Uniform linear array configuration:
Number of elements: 4
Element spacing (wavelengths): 1
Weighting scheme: hann
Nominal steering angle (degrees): -60
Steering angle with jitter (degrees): -59.381
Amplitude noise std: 0.05
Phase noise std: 0.05

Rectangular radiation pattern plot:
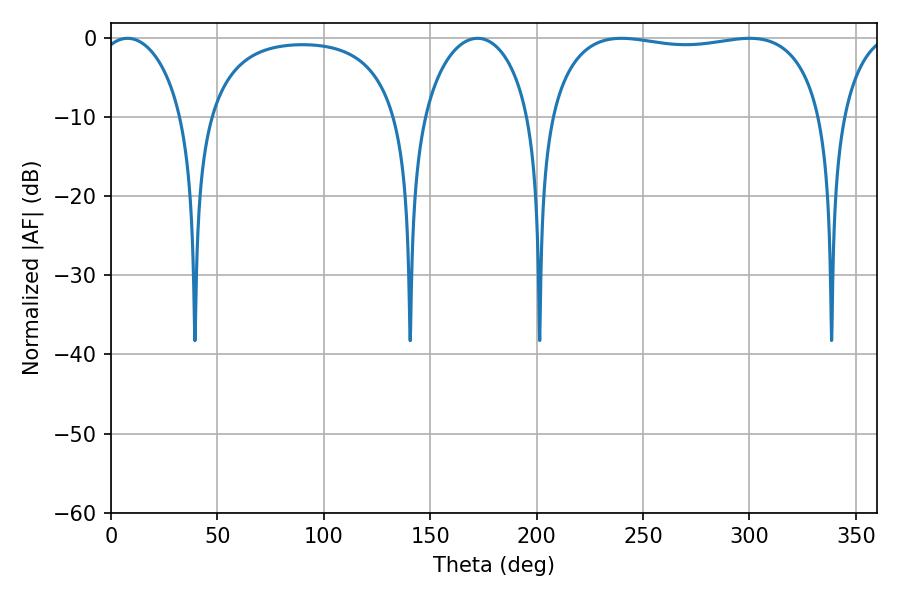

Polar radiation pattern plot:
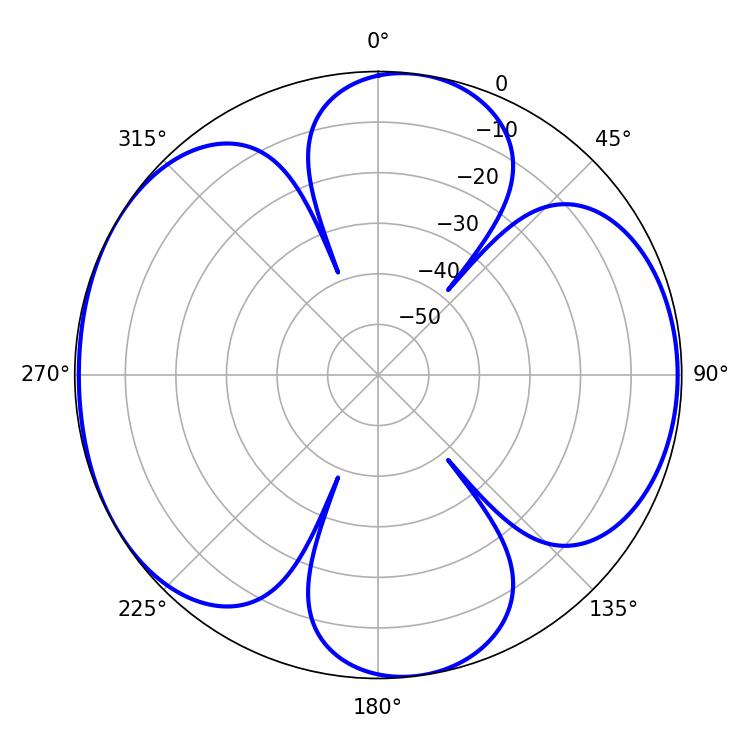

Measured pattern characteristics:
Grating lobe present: TRUE
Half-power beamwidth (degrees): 22.5
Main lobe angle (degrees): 7.74